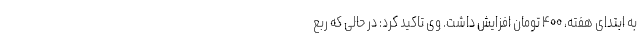
به ابتدای هفته، ۴۰۰ تومان افزایش داشت. وی تاکید کرد: در حالی که ربع